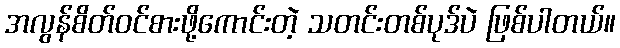
အလွန်စိတ်ဝင်စားဖို့ကောင်းတဲ့ သတင်းတစ်ပုဒ်ပဲ ဖြစ်ပါတယ်။